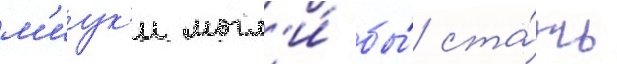
м'иук'и могл'и́ бы́ ста́ть